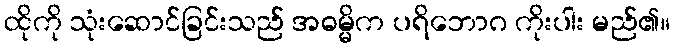
ထိုကို သုံးဆောင်ခြင်းသည် အဓမ္မိက ပရိဘောဂ ကိုးပါး မည်၏။